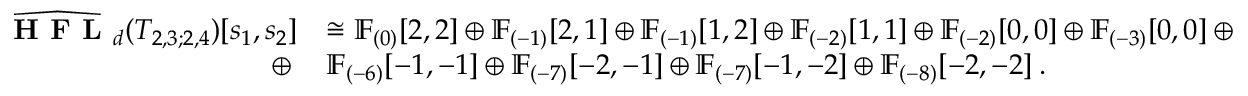
\begin{array} { r l } { \widehat { \textbf { H F L } } _ { d } ( T _ { 2 , 3 ; 2 , 4 } ) [ s _ { 1 } , s _ { 2 } ] } & { \cong \mathbb { F } _ { ( 0 ) } [ 2 , 2 ] \oplus \mathbb { F } _ { ( - 1 ) } [ 2 , 1 ] \oplus \mathbb { F } _ { ( - 1 ) } [ 1 , 2 ] \oplus \mathbb { F } _ { ( - 2 ) } [ 1 , 1 ] \oplus \mathbb { F } _ { ( - 2 ) } [ 0 , 0 ] \oplus \mathbb { F } _ { ( - 3 ) } [ 0 , 0 ] \: \oplus } \\ { \oplus \: } & { \mathbb { F } _ { ( - 6 ) } [ - 1 , - 1 ] \oplus \mathbb { F } _ { ( - 7 ) } [ - 2 , - 1 ] \oplus \mathbb { F } _ { ( - 7 ) } [ - 1 , - 2 ] \oplus \mathbb { F } _ { ( - 8 ) } [ - 2 , - 2 ] \: . } \end{array}